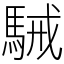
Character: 駴